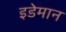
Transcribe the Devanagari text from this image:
इडेमान